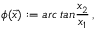
\phi ( \vec { x } ) : = a r c \, t a n { \frac { x _ { 2 } } { x _ { 1 } } } \, ,